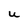
Character: U